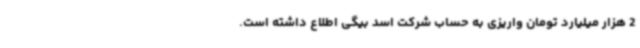
2 هزار میلیارد تومان واریزی به حساب شرکت اسد بیگی اطلاع داشته است.